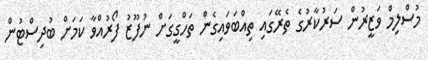
މުސްލިމް ވަޒީރުން ސަރުކާރުގެ ތެރޭގައި ތިއްބަވައިގެން ތަހްގީގަށް ނުފޫޒު ފޯރުއްވާ ކަމަށް ބުދިސްޓުން